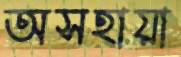
অসহায়া